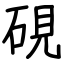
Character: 硯